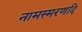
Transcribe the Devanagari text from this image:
नामस्मरणदि